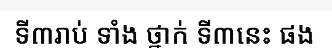
ទី៣រាប់ ទាំង ថ្នាក់ ទី៣នេះ ផង